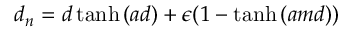
d _ { n } = d \operatorname { t a n h } { ( a d ) } + \epsilon ( 1 - \operatorname { t a n h } { ( a m d ) } )